Report of the Municipal Commissioner on the plague in Bombay for the year ending 31st May... - Volume 3
Disease focus: Plague
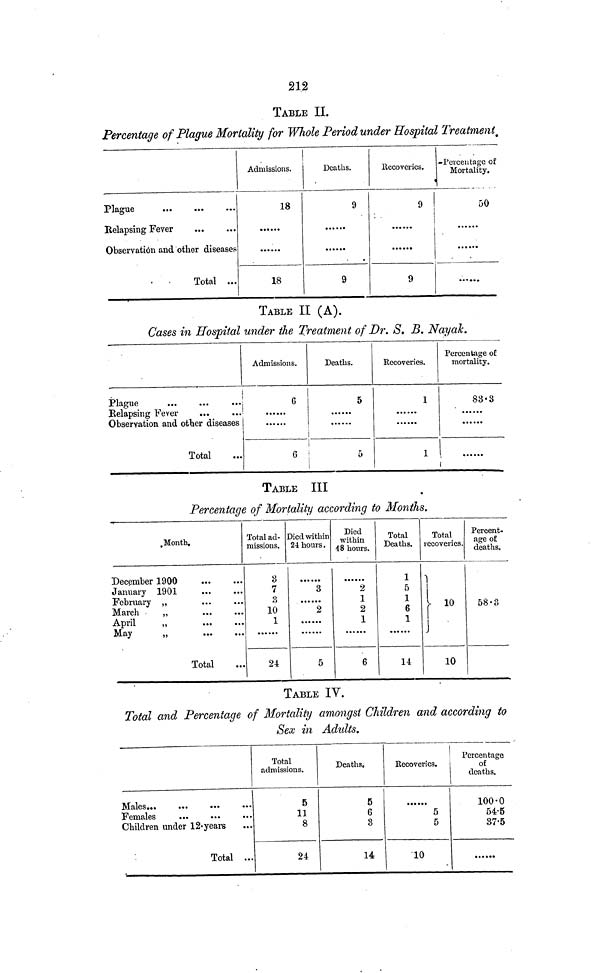
212
TABLE II.
Percentage of Plague Mortality for Whole Period under Hospital Treatment.
Plague
Observation and other diseases
Total ...
Admissions.
18
18
Deaths.
9
9
llecovcrics.
9
9
-Percentage of
Mortality.
50
TABLE II (A).
Cases in Hospital under the Treatment of Dr. S. B. Nayak.
Plague
Relapsing Fever
Observation and other diseases
Total
Admissions.
6
•
6
Deaths.
5
5
Eecoveries.
1
1
Percentage of
mortality.
83·3
TABLE III
Percentage of Mortality according to Months.
„Month.
December 1900
January 1901
February „
March
„
April
May
„
Total
Total ad-
missions.
3
7
3
10
1
24
Died within
24 hours .
3
2
5
Died
within
48 hours.
2
1
2
1
6
Total
Deaths.
1
5
1
6
1
14
Total
recoveries.
10
Percent-
age of
deaths.
TABLE IV.
Total and Percentage of Mortality amongst Children and according to
Sex in Adults.
Males
Females
...
...
Children under 12- years
Total ...
Total
admissions.
5
11
8
24
Deaths.
5
6
3
14
Recoveries.
5
5
10
Percentage
of
deaths.
100·0
54·5
37·5